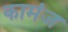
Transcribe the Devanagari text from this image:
कामंज